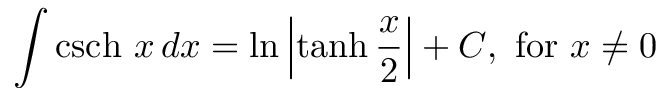
\int \operatorname { c s c h } \, x \, d x = \ln \left| \operatorname { t a n h } { \frac { x } { 2 } } \right| + C , { \mathrm { ~ f o r ~ } } x \neq 0